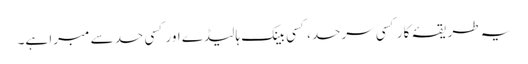
یہ طریقۂ کار کسی سرحد، کسی بینک ہالیڈے اور کسی حد سے مبرا ہے۔